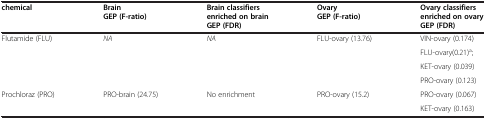
<table><thead><tr><td><b>chemical</b></td><td><b>Brain GEP (F-ratio)</b></td><td><b>Brain classifiers enriched on brain GEP (FDR)</b></td><td><b>Ovary GEP (F-ratio)</b></td><td><b>Ovary classifiers enriched on ovary GEP (FDR)</b></td></tr></thead><tbody><tr><td>Flutamide (FLU)</td><td><i>NA</i></td><td><i>NA</i></td><td>FLU-ovary (13.76)</td><td>VIN-ovary (0.174)</td></tr><tr><td> </td><td> </td><td> </td><td> </td><td>FLU-ovary(0.21)<sup>a</sup>;</td></tr><tr><td> </td><td> </td><td> </td><td> </td><td>KET-ovary (0.039)</td></tr><tr><td> </td><td> </td><td> </td><td> </td><td>PRO-ovary (0.123)</td></tr><tr><td>Prochloraz (PRO)</td><td>PRO-brain (24.75)</td><td>No enrichment</td><td>PRO-ovary (15.2)</td><td>PRO-ovary (0.067)</td></tr><tr><td> </td><td> </td><td> </td><td> </td><td>KET-ovary (0.163)</td></tr></tbody></table>